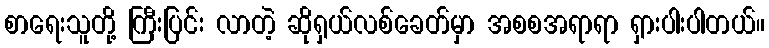
စာရေးသူတို့ ကြီးပြင်း လာတဲ့ ဆိုရှယ်လစ်ခေတ်မှာ အစစအရာရာ ရှားပါးပါတယ်။